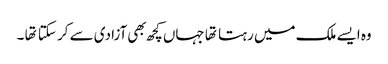
وه ایسے ملک میں رہتا تها جہاں کچھ بهی آزادی سے کر سکتا تها ۔